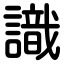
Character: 識